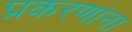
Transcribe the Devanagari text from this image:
प्रकरणांना